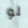
لو